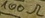
Text: 100Ω